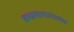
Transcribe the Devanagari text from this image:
बन्धनागाराध्यक्ष